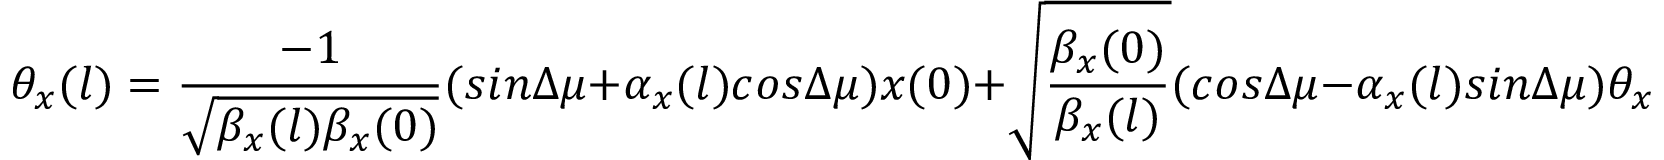
\theta _ { x } ( l ) = { \frac { - 1 } { \sqrt { { \beta _ { x } } ( l ) \beta _ { x } ( 0 ) } } } ( s i n { \Delta { \mu } } + \alpha _ { x } ( l ) c o s { \Delta { \mu } } ) x ( 0 ) + \sqrt { \frac { { \beta _ { x } } ( 0 ) } { \beta _ { x } ( l ) } } ( c o s { \Delta { \mu } } - \alpha _ { x } ( l ) s i n { \Delta { \mu } } ) \theta _ { x } ( 0 ) + \xi D _ { x } ^ { \prime } ,